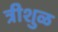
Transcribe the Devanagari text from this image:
त्रीशुळ